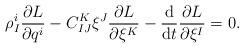
LaTeX: \begin{align*} \rho ^i _I \frac{ \partial L }{ \partial q ^i } - C ^K _{ I J } \xi ^J \frac{ \partial L }{ \partial \xi ^K } - \frac{\mathrm{d}}{\mathrm{d}t} \frac{ \partial L }{ \partial \xi ^I } = 0 . \end{align*}